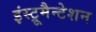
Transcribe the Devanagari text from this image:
इंस्ट्रूमैन्टेशन